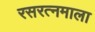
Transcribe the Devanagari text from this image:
रसरत्नमाला